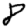
Digit: 8